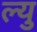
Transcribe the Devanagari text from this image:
ल्यु